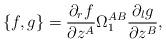
LaTeX: \begin{align*}\{f,g\}=\frac{\partial _rf}{\partial z^A}\Omega^{AB}_{1} \frac{\partial_lg}{\partial z^B},\end{align*}